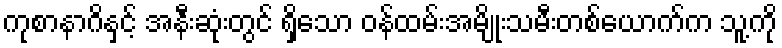
ကုစာနာဂိနှင့် အနီးဆုံးတွင် ရှိသော ဝန်ထမ်းအမျိုးသမီးတစ်ယောက်က သူ့ကို